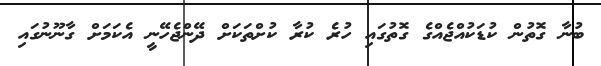
ބުނާ ގޮތުން ކުޑަކުއްޖެއްގެ ގޮތުގައި ހުރެ ކުރާ ކުށްތަކަށް ދޭންޖެހޭނީ އެކަމަށް ގާނޫނުގައި